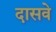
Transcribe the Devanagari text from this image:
दासवे